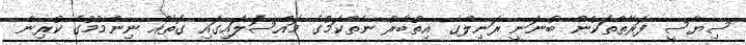
ސިޔާސީ ފަރާތްތަކުން ބުނަނީ ރަނިލްގެ އިތުބާރު ނެތްކަމުގެ މައްސަލަައިގައި ގޮތެއް ނިންމުމުގެ ކުރިން